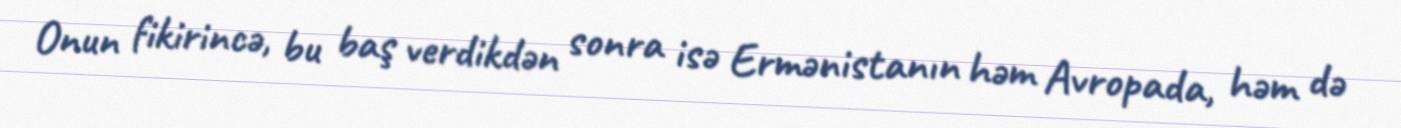
Onun fikirincə, bu baş verdikdən sonra isə Ermənistanın həm Avropada, həm də